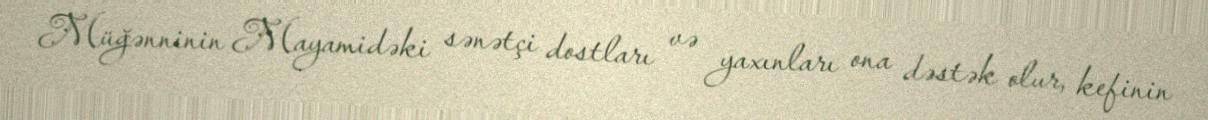
Müğənninin Mayamidəki sənətçi dostları və yaxınları ona dəstək olur, kefinin